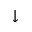
\downarrow